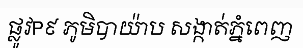
ផ្លូវP៩ ភូមិបាយ៉ាប សង្កាត់ភ្នំពេញ